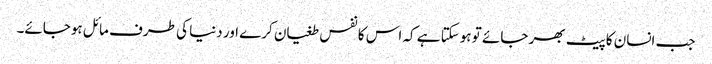
جب انسان کا پیٹ بھر جائے تو ہوسکتا ہے کہ اس کا نفس طغیان کرے اور دنیا کی طرف مائل ہوجائے۔